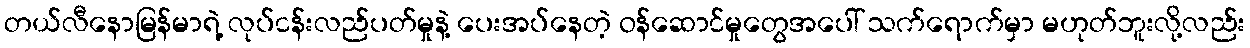
တယ်လီနောမြန်မာရဲ့ လုပ်ငန်းလည်ပတ်မှုနဲ့ ပေးအပ်နေတဲ့ ဝန်ဆောင်မှုတွေအပေါ် သက်ရောက်မှာ မဟုတ်ဘူးလို့လည်း